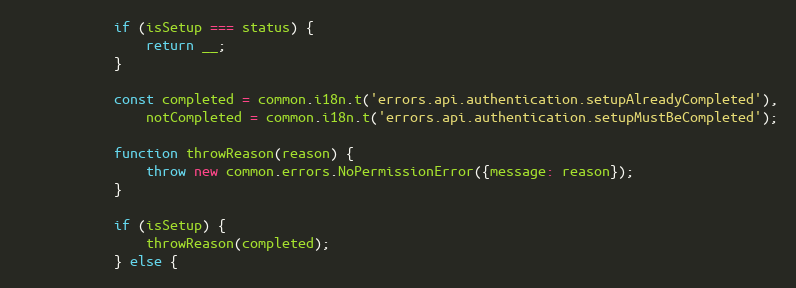
Language: JavaScript
            if (isSetup === status) {
                return __;
            }

            const completed = common.i18n.t('errors.api.authentication.setupAlreadyCompleted'),
                notCompleted = common.i18n.t('errors.api.authentication.setupMustBeCompleted');

            function throwReason(reason) {
                throw new common.errors.NoPermissionError({message: reason});
            }

            if (isSetup) {
                throwReason(completed);
            } else {